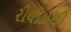
રીલીઝથી